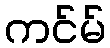
ကင်မ်